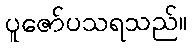
ပူဇော်ပသရသည်။